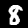
Digit: 8